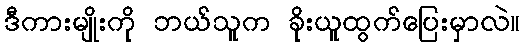
ဒီကားမျိုးကို ဘယ်သူက ခိုးယူထွက်ပြေးမှာလဲ။